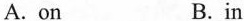
A.on B.in